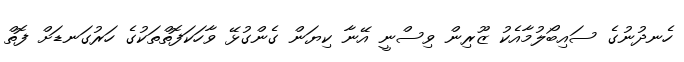
ހެނދުނުގެ ސައިބޯލުމާއެކު ޒޫރިން ވިސްނީ އޭނާ ކިޔަން ގެންގުޅޭ ވާހަކަފޮތްތަކުގެ ހަރުގަނޑަށް ފޮތް